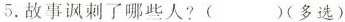
5.故事讽刺了哪些人?( )(多选)